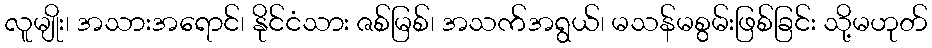
လူမျိုး၊ အသားအရောင်၊ နိုင်ငံသား ဇစ်မြစ်၊ အသက်အရွယ်၊ မသန်မစွမ်းဖြစ်ခြင်း သို့မဟုတ်